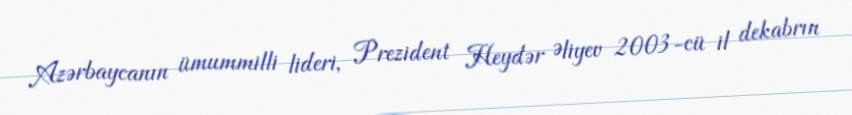
Azərbaycanın ümummilli lideri, Prezident Heydər Əliyev 2003-cü il dekabrın